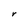
Character: V